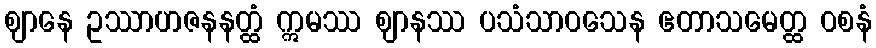
ဈာနေ ဥဿာဟဇနနတ္ထံ ဣမဿ ဈာနဿ ပသံသာဝသေန ဧတာသမေတ္ထ ဝစနံ